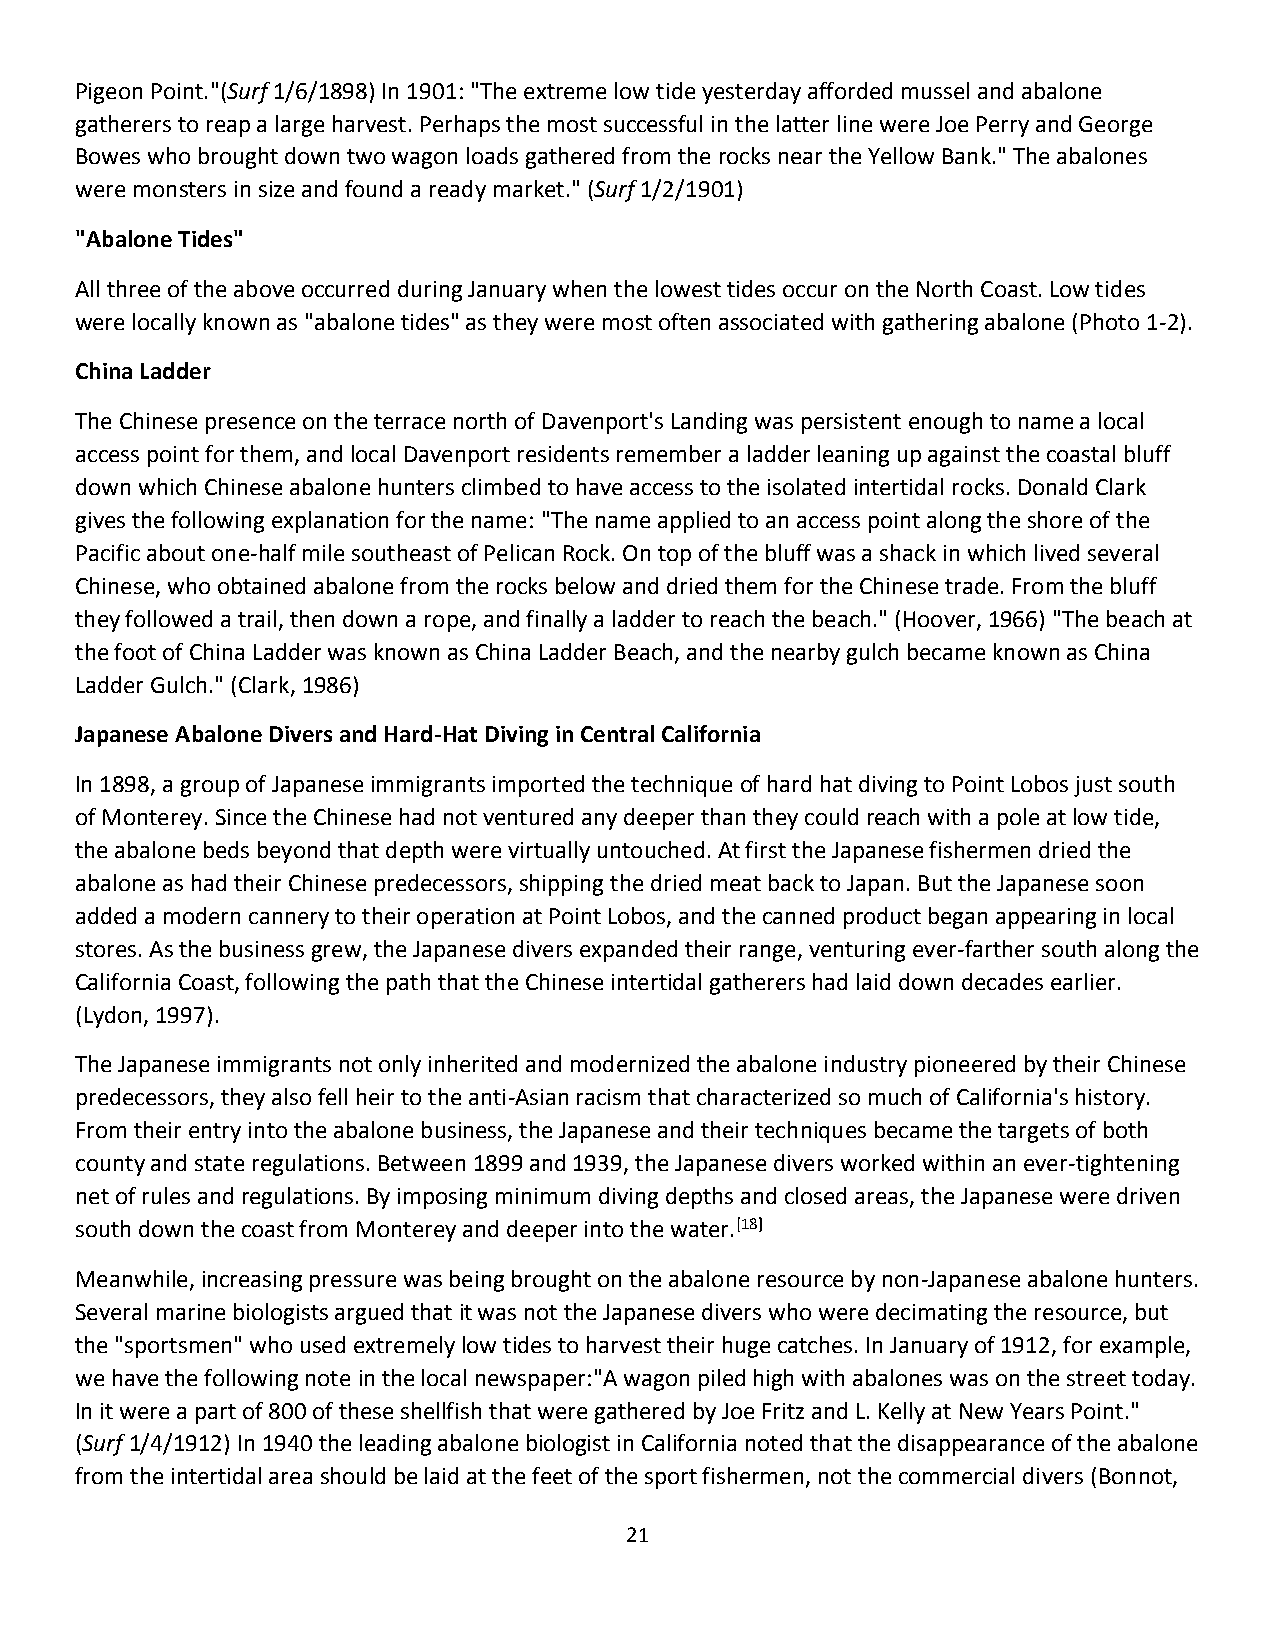
Pigeon Point."(Surf 1/6/1898) In 1901: "The extreme low tide yesterday afforded mussel and abalone
 gatherers to reap a large harvest. Perhaps the most successful in the latter line were Joe Perry and George
 Bowes who brought down two wagon loads gathered from the rocks near the Yellow Bank." The abalones
 were monsters in size and found a ready market." (Surf 1/2/1901)
 "Abalone Tides"
 All three of the above occurred during January when the lowest tides occur on the North Coast. Low tides
 were locally known as "abalone tides" as they were most often associated with gathering abalone (Photo 1-2).
 China Ladder
 The Chinese presence on the terrace north of Davenport's Landing was persistent enough to name a local
 access point for them, and local Davenport residents remember a ladder leaning up against the coastal bluff
 down which Chinese abalone hunters climbed to have access to the isolated intertidal rocks. Donald Clark
 gives the following explanation for the name: "The name applied to an access point along the shore of the
 Pacific about one-half mile southeast of Pelican Rock. On top of the bluff was a shack in which lived several
 Chinese, who obtained abalone from the rocks below and dried them for the Chinese trade. From the bluff
 they followed a trail, then down a rope, and finally a ladder to reach the beach." (Hoover, 1966) "The beach at
 the foot of China Ladder was known as China Ladder Beach, and the nearby gulch became known as China
 Ladder Gulch." (Clark, 1986)
 Japanese Abalone Divers and Hard-Hat Diving in Central California
 In 1898, a group of Japanese immigrants imported the technique of hard hat diving to Point Lobos just south
 of Monterey. Since the Chinese had not ventured any deeper than they could reach with a pole at low tide,
 the abalone beds beyond that depth were virtually untouched. At first the Japanese fishermen dried the
 abalone as had their Chinese predecessors, shipping the dried meat back to Japan. But the Japanese soon
 added a modern cannery to their operation at Point Lobos, and the canned product began appearing in local
 stores. As the business grew, the Japanese divers expanded their range, venturing ever-farther south along the
 California Coast, following the path that the Chinese intertidal gatherers had laid down decades earlier.
 (Lydon, 1997).
 The Japanese immigrants not only inherited and modernized the abalone industry pioneered by their Chinese
 predecessors, they also fell heir to the anti-Asian racism that characterized so much of California's history.
 From their entry into the abalone business, the Japanese and their techniques became the targets of both
 county and state regulations. Between 1899 and 1939, the Japanese divers worked within an ever-tightening
 net of rules and regulations. By imposing minimum diving depths and closed areas, the Japanese were driven
 south down the coast from Monterey and deeper into the water.[18]
 Meanwhile, increasing pressure was being brought on the abalone resource by non-Japanese abalone hunters.
 Several marine biologists argued that it was not the Japanese divers who were decimating the resource, but
 the "sportsmen" who used extremely low tides to harvest their huge catches. In January of 1912, for example,
 we have the following note in the local newspaper:"A wagon piled high with abalones was on the street today.
 In it were a part of 800 of these shellfish that were gathered by Joe Fritz and L. Kelly at New Years Point."
 (Surf 1/4/1912) In 1940 the leading abalone biologist in California noted that the disappearance of the abalone
 from the intertidal area should be laid at the feet of the sport fishermen, not the commercial divers (Bonnot,
 21